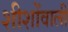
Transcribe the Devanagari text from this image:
शीशोंवाली